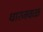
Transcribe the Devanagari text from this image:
धारजवळ